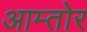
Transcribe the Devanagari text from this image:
आम्तोर